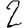
Digit: 2